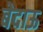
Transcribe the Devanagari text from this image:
बेदाऊ